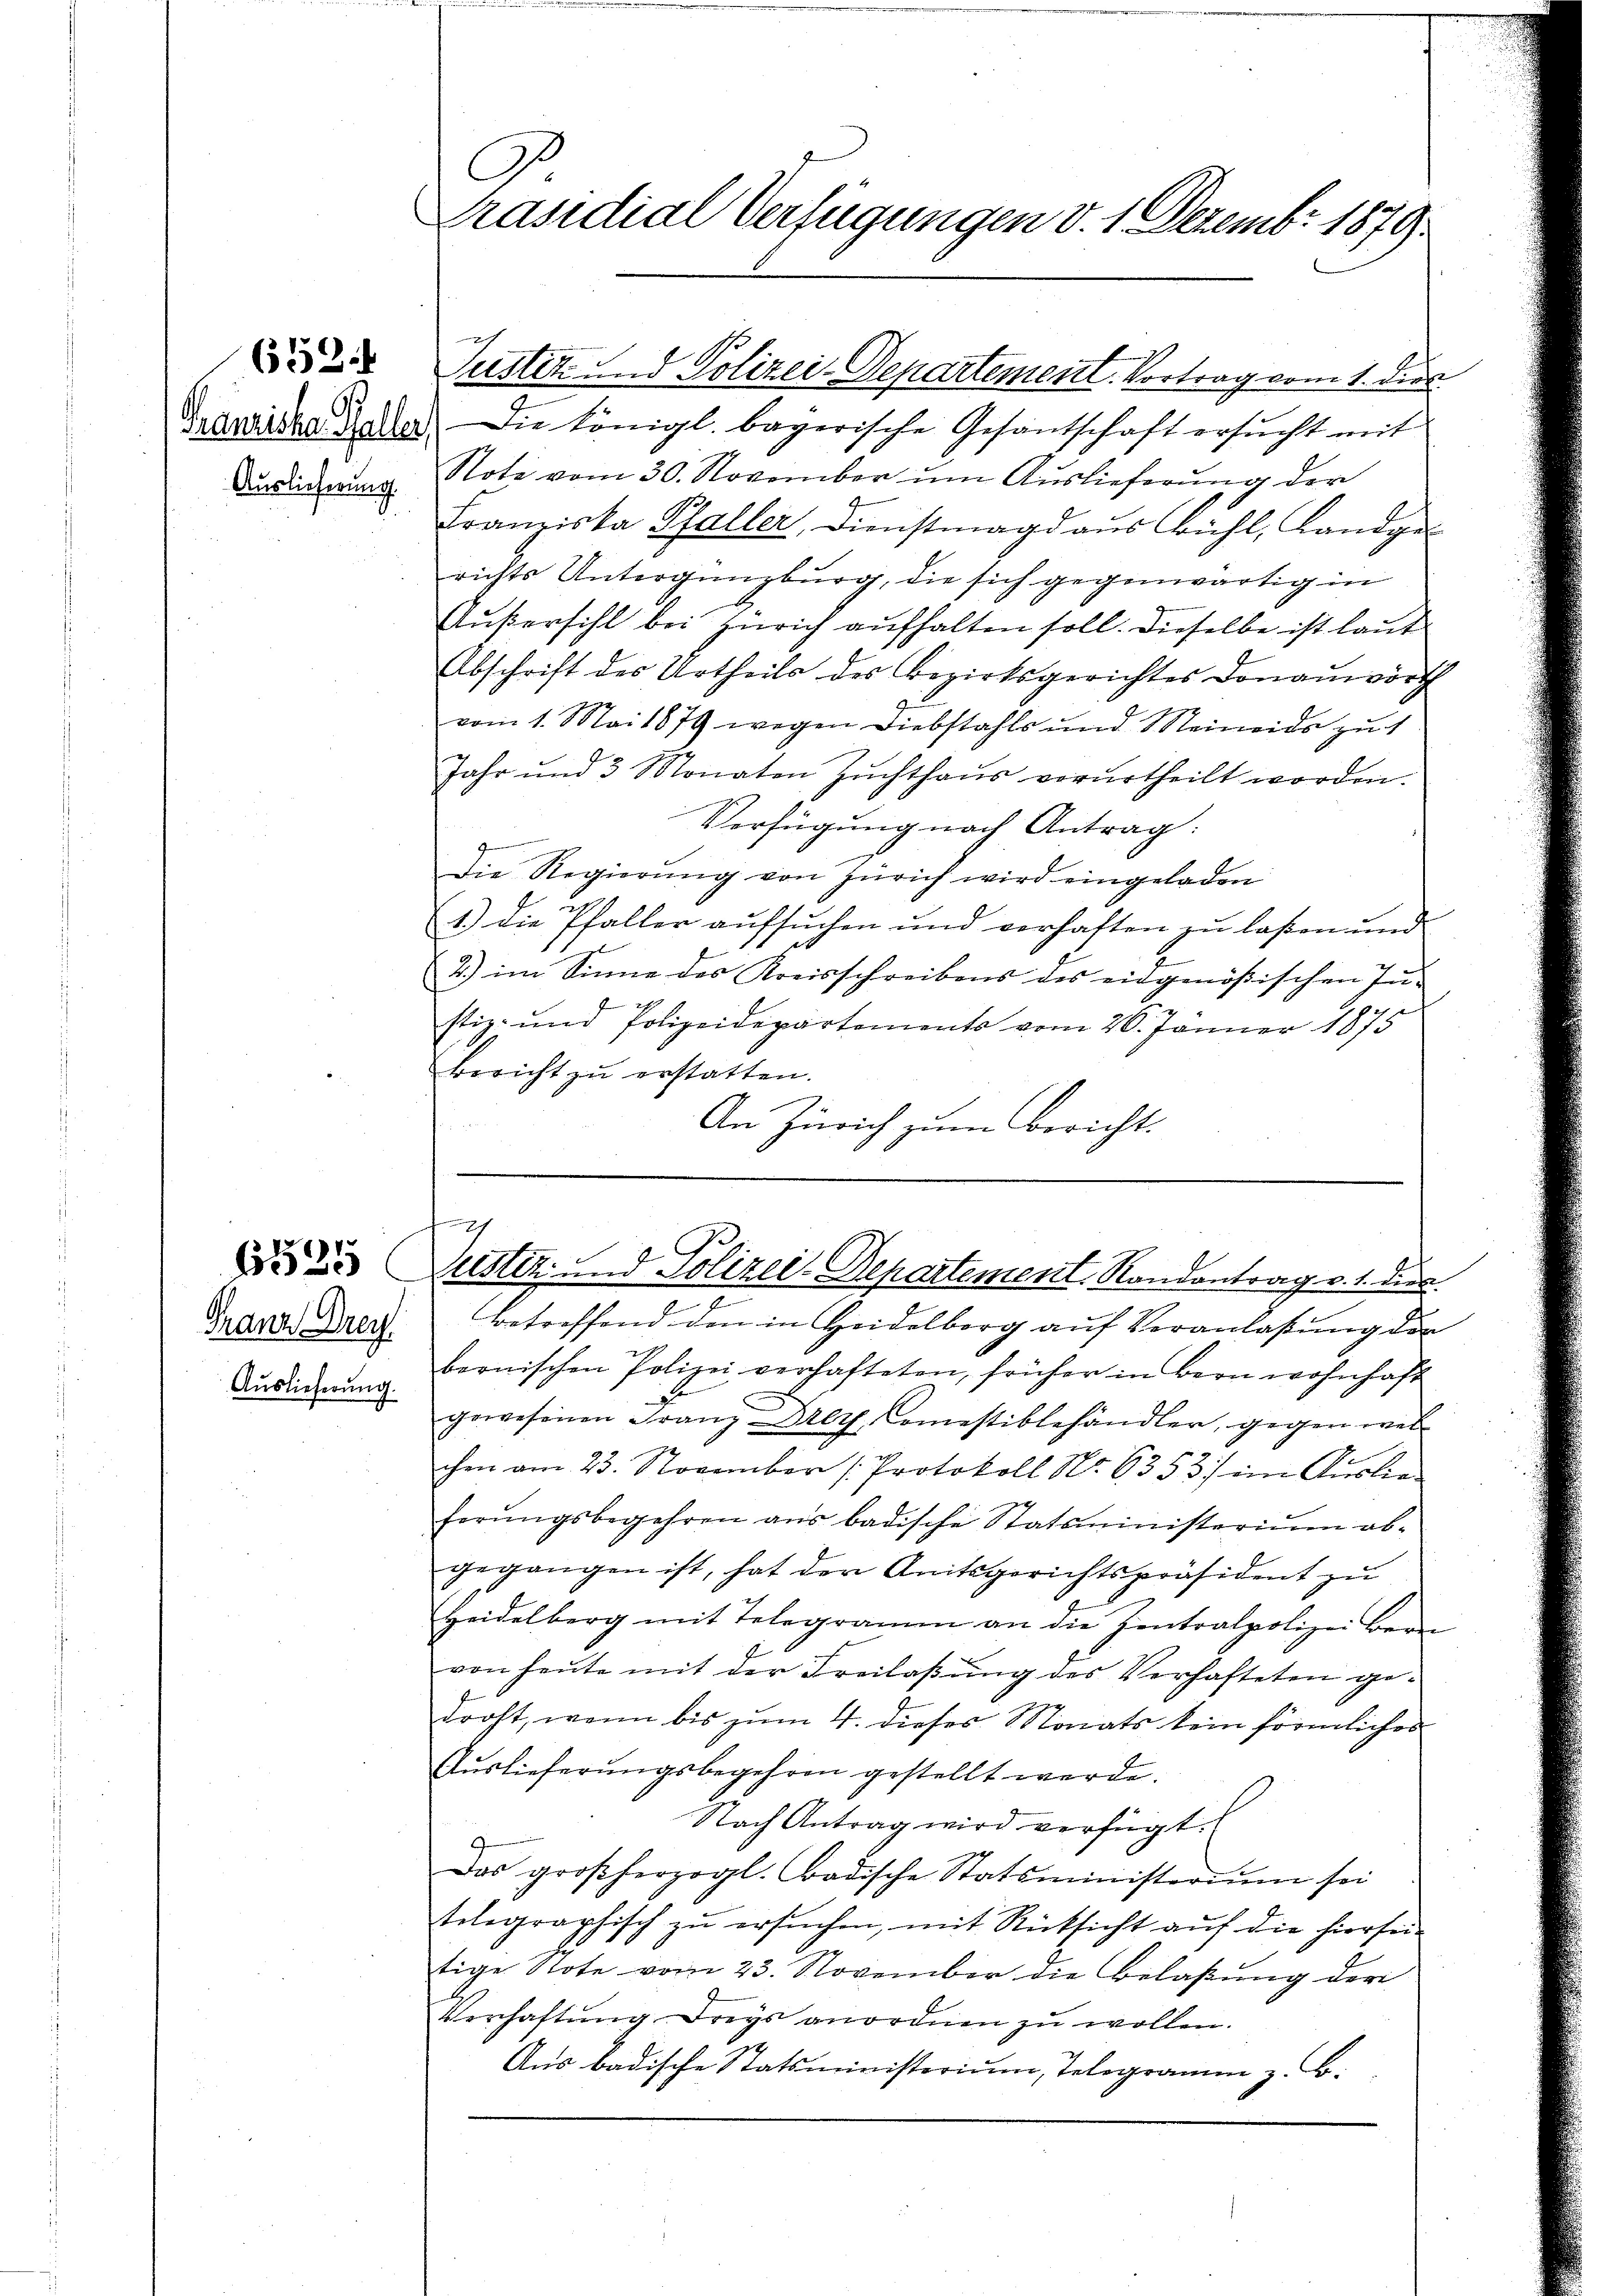
Franziska Galler,
Auslieferung.

(52.

Franz Drey
Auslieferung.

Präsidial Verfügungen d. 1. Dezemb. 1879.

Suster und Polizei-Departement. Vortrag vom 1. dies

f
 Justiz und Polizei Departement, Randantrag v. 1. der

Die königl. bayerische Gesantschaft ersucht mit
Note vom 30. November um Auslieferung der
Franziska Pfaller, Dienstmagd aus Bühl, Landge
richts Untergangburg, die sich gegenwärtig in
Außersihl bei Zürich aufhalten soll. Dieselbe ist laut
Abschrift des Urtheils des Bezirksgerichtes Donauwörth
vom 1. Mai 1874 wegen Diebstahls und Meinends zu 1
Jahr und 3 Monaten Zŭchthaŭs verurtheilt worden.
Verfügung nach Antrag:
g
die Regierŭng von Zürich wird eingeladen
1.) die Pfaller aŭfsŭchen und verhaften zŭ lassen und
2) im Sinne des Kreisschreibens des eidgenößischen In-
stiz- und Polizeidepartements vom 26. Jänner 1875
Bericht zu erstatten.
An Zürich zum Bericht.

.
2
Betreffend den in Heidelborg auf Veranlaßung der
bernischen Polizei verhafteten, früher in Bern wohnhaft
gewesenen Franz Drey, Comestiblehändler, gegen welchen am 23. November Protokoll Nr. 6353) im Auslie
ferŭngsbegehren aus badische Statsministerium ob-
gegangen ist, hat der Amtsgerichtspräsident zu
Heidelberg mit Telegramm an die Zentralpolizei ber
von heute mit der Freilassung des Verhafteten gedroht, wenn bis zum 4. dieses Monats kein förmliches
Auslieferungsbegehren gestellt werde.
Nach Antrag wird verfügt:
Das großherzogl. badische Statsministerium sei
telegraphisch zŭ ersŭchen, mit Rücksicht auf die hierseitige Note vom 23. November die Belaßung der
Verhaftŭng drey anordnen zŭ wollen.
Aus badische Statsministerium, Telegramm z. B.